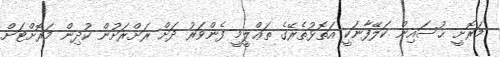
މަރޮށީ ޙުސައިން ކަލޭފާނަކީ އަތޮޅުތެރޭގެ ތަޢްލީމީ ފެންވަރު ދަށް ރަށްރަށުން ކުދިން މަރޮށްޓަށް